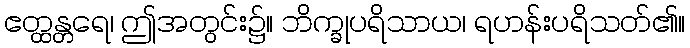
ဧတ္ထန္တရေ၊ ဤအတွင်း၌။ ဘိက္ခုပရိသာယ၊ ရဟန်းပရိသတ်၏။